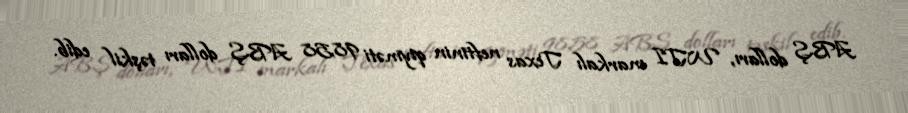
ABŞ dolları, WTI markalı Texas neftinin qiyməti 98,58 ABŞ dolları təşkil edib.